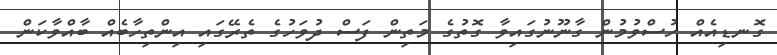
ގޮނޑިއެއް ހުސްވުމުން ގާނޫނުގައިވާ ގޮތުގެ މަތިން ފަސް ދުވަހުގެ ތެރޭގައި އިންތިހާބެއް ބާއްވާކަން